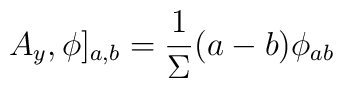
A_y,\phi]_{a,b} = \frac{1}{\Sigma} (a - b)\phi_{ab}